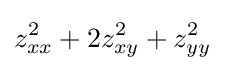
z_{xx}^{2}+2z_{xy}^{2}+z_{yy}^{2}